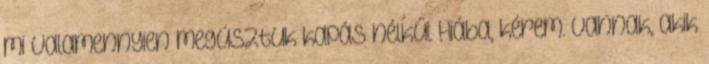
mi valamennyien megúsztuk kapás nélkül Hiába, kérem. Vannak, akik